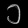
Digit: ၁